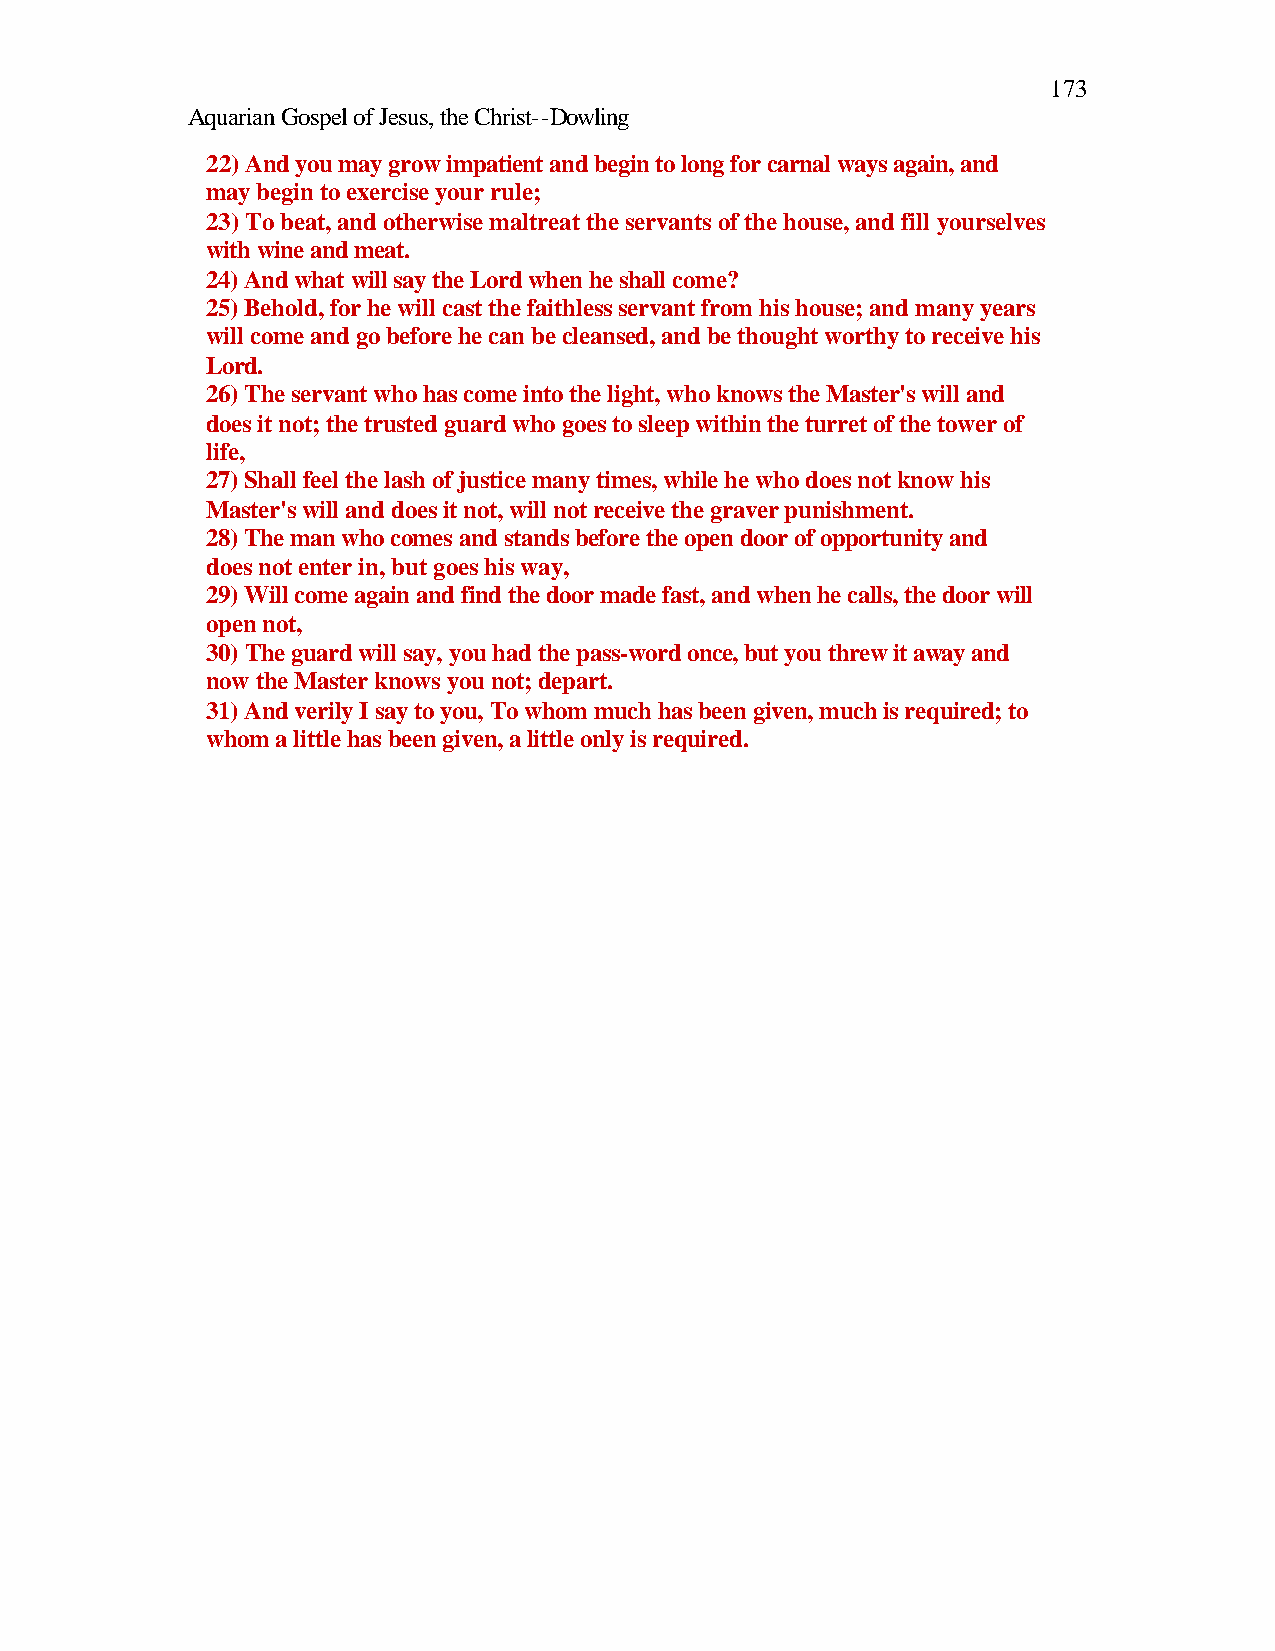
173
 Aquarian Gospel of Jesus, the Christ--Dowling
 22) And you may grow impatient and begin to long for carnal ways again, and
 may begin to exercise your rule;
 23) To beat, and otherwise maltreat the servants of the house, and fill yourselves
 with wine and meat.
 24) And what will say the Lord when he shall come?
 25) Behold, for he will cast the faithless servant from his house; and many years
 will come and go before he can be cleansed, and be thought worthy to receive his
 Lord.
 26) The servant who has come into the light, who knows the Master's will and
 does it not; the trusted guard who goes to sleep within the turret of the tower of
 life,
 27) Shall feel the lash of justice many times, while he who does not know his
 Master's will and does it not, will not receive the graver punishment.
 28) The man who comes and stands before the open door of opportunity and
 does not enter in, but goes his way,
 29) Will come again and find the door made fast, and when he calls, the door will
 open not,
 30) The guard will say, you had the pass-word once, but you threw it away and
 now the Master knows you not; depart.
 31) And verily I say to you, To whom much has been given, much is required; to
 whom a little has been given, a little only is required.